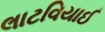
લાટવિયાઈ